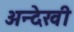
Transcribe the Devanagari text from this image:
अन्देखी